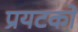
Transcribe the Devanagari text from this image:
प्रयटकों